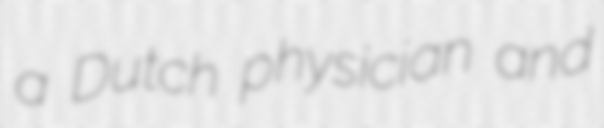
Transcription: a Dutch physician and